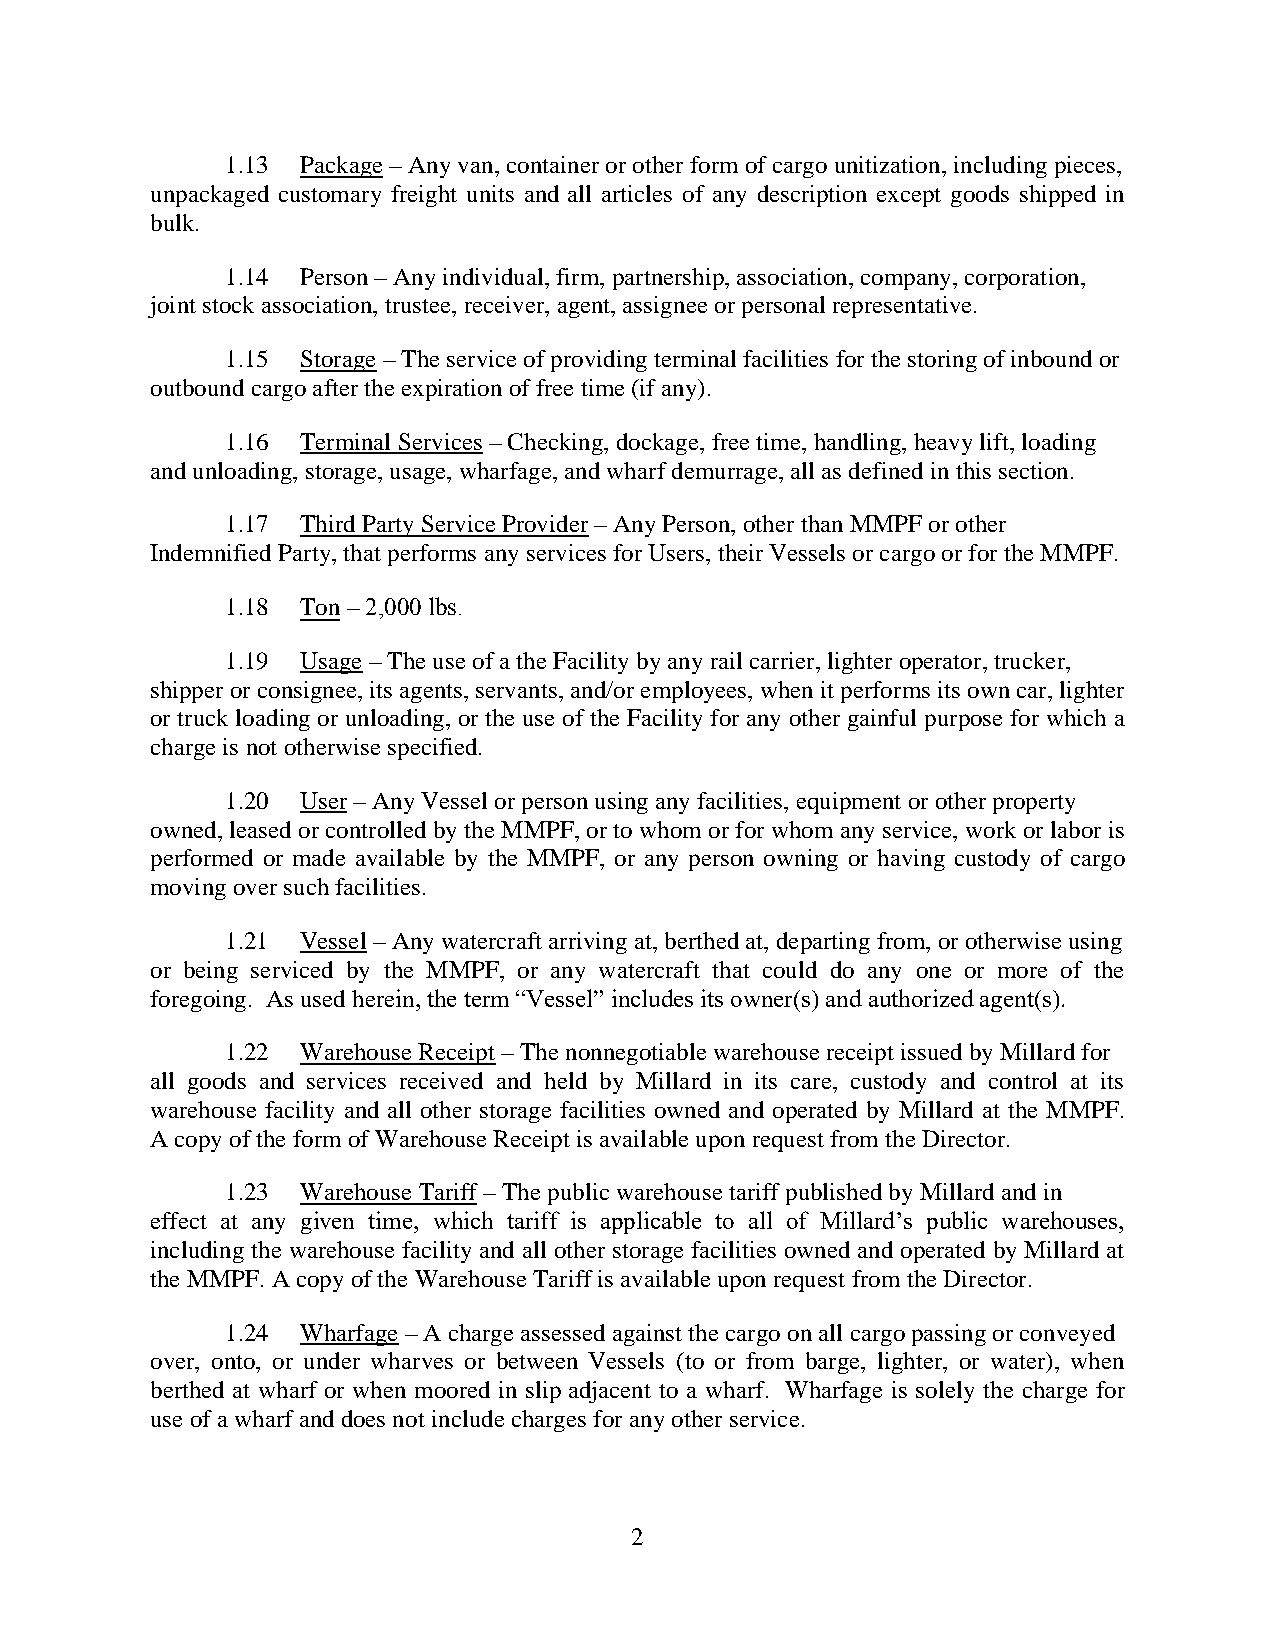
1.13 Package – Any van, container or other form of cargo unitization, including pieces,
 unpackaged customary freight units and all articles of any description except goods shipped in
 bulk.
 1.14 Person – Any individual, firm, partnership, association, company, corporation,
 joint stock association, trustee, receiver, agent, assignee or personal representative.
 1.15 Storage – The service of providing terminal facilities for the storing of inbound or
 outbound cargo after the expiration of free time (if any).
 1.16 Terminal Services – Checking, dockage, free time, handling, heavy lift, loading
 and unloading, storage, usage, wharfage, and wharf demurrage, all as defined in this section.
 1.17 Third Party Service Provider – Any Person, other than MMPF or other
 Indemnified Party, that performs any services for Users, their Vessels or cargo or for the MMPF.
 1.18 Ton – 2,000 lbs.
 1.19 Usage – The use of a the Facility by any rail carrier, lighter operator, trucker,
 shipper or consignee, its agents, servants, and/or employees, when it performs its own car, lighter
 or truck loading or unloading, or the use of the Facility for any other gainful purpose for which a
 charge is not otherwise specified.
 1.20 User – Any Vessel or person using any facilities, equipment or other property
 owned, leased or controlled by the MMPF, or to whom or for whom any service, work or labor is
 performed or made available by the MMPF, or any person owning or having custody of cargo
 moving over such facilities.
 1.21 Vessel – Any watercraft arriving at, berthed at, departing from, or otherwise using
 or being serviced by the MMPF, or any watercraft that could do any one or more of the
 foregoing. As used herein, the term “Vessel” includes its owner(s) and authorized agent(s).
 1.22 Warehouse Receipt – The nonnegotiable warehouse receipt issued by Millard for
 all goods and services received and held by Millard in its care, custody and control at its
 warehouse facility and all other storage facilities owned and operated by Millard at the MMPF.
 A copy of the form of Warehouse Receipt is available upon request from the Director.
 1.23 Warehouse Tariff – The public warehouse tariff published by Millard and in
 effect at any given time, which tariff is applicable to all of Millard’s public warehouses,
 including the warehouse facility and all other storage facilities owned and operated by Millard at
 the MMPF. A copy of the Warehouse Tariff is available upon request from the Director.
 1.24 Wharfage – A charge assessed against the cargo on all cargo passing or conveyed
 over, onto, or under wharves or between Vessels (to or from barge, lighter, or water), when
 berthed at wharf or when moored in slip adjacent to a wharf. Wharfage is solely the charge for
 use of a wharf and does not include charges for any other service.
 2